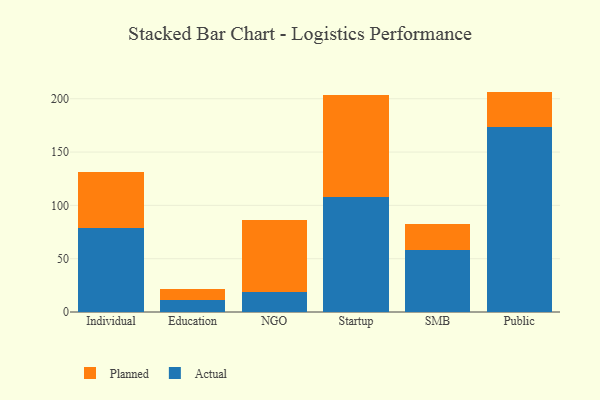
{"axis": {"x": "Segment", "y": "Production Output"}, "legend": ["Actual", "Planned"], "data": [{"x": "Individual", "y": 78.6, "type": "Actual"}, {"x": "Individual", "y": 52.8, "type": "Planned"}, {"x": "Education", "y": 11.2, "type": "Actual"}, {"x": "Education", "y": 10.0, "type": "Planned"}, {"x": "NGO", "y": 18.3, "type": "Actual"}, {"x": "NGO", "y": 67.6, "type": "Planned"}, {"x": "Startup", "y": 108.0, "type": "Actual"}, {"x": "Startup", "y": 95.2, "type": "Planned"}, {"x": "SMB", "y": 58.0, "type": "Actual"}, {"x": "SMB", "y": 24.5, "type": "Planned"}, {"x": "Public", "y": 173.9, "type": "Actual"}, {"x": "Public", "y": 32.8, "type": "Planned"}]}